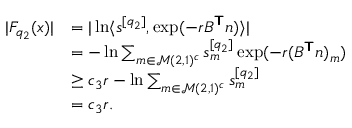
\begin{array} { r l } { | F _ { q _ { 2 } } ( \boldsymbol { x } ) | } & { = | \ln \langle \boldsymbol { s } ^ { [ q _ { 2 } ] } , \exp ( - r B ^ { \boldsymbol { \mathsf { T } } } \boldsymbol { n } ) \rangle | } \\ & { = - \ln \sum _ { m \in \mathcal { M } ( 2 , 1 ) ^ { c } } s _ { m } ^ { [ q _ { 2 } ] } \exp ( - r ( B ^ { \boldsymbol { \mathsf { T } } } \boldsymbol { n } ) _ { m } ) } \\ & { \ge c _ { 3 } r - \ln \sum _ { m \in \mathcal { M } ( 2 , 1 ) ^ { c } } s _ { m } ^ { [ q _ { 2 } ] } } \\ & { = c _ { 3 } r . } \end{array}